Annual report of the Prince of Wales Medical College, Patna
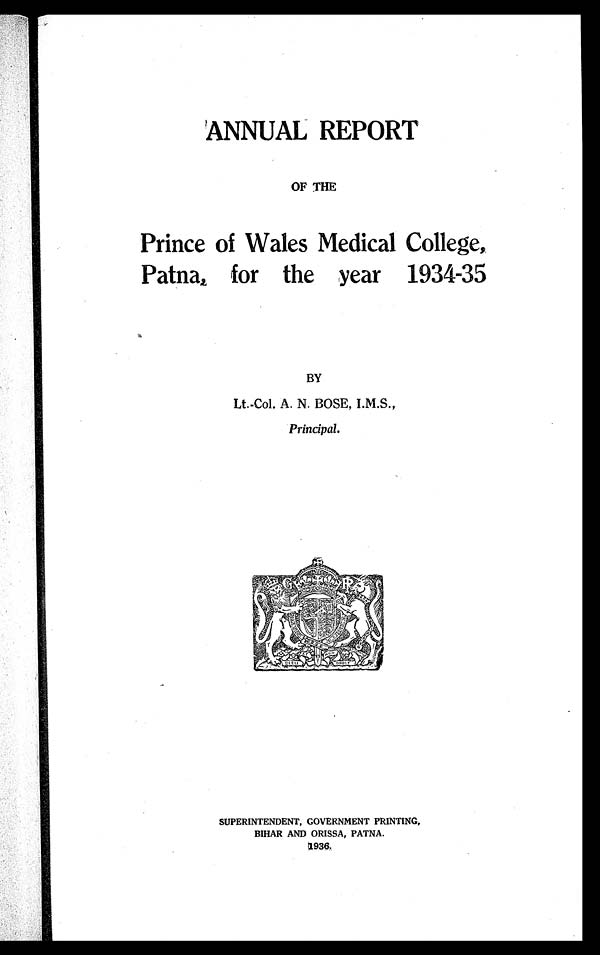
ANNUAL REPORT
OF THE
Prince of Wales Medical College,
Patna, for the year 1934-35
BY
Lt.-Col. A. N. BOSE, I.M.S.,
Principal.
SUPERINTENDENT, GOVERNMENT PRINTING,
BIHAR AND ORISSA, PATNA.
1936
[Price-'As. 5.]